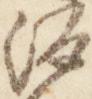
源